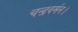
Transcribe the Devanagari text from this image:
चन्द्रवर्मन।